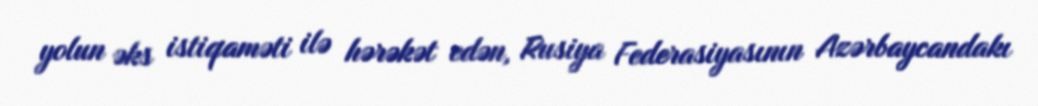
yolun əks istiqaməti ilə hərəkət edən, Rusiya Federasiyasının Azərbaycandakı